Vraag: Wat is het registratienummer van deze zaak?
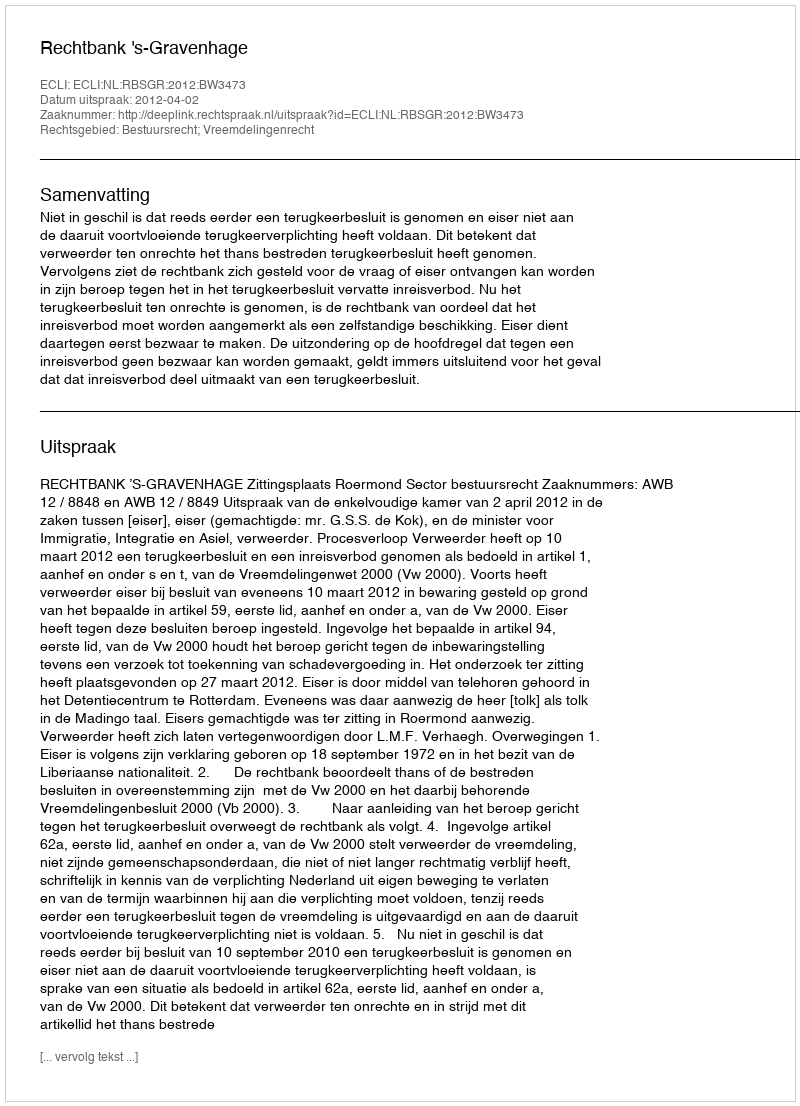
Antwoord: http://deeplink.rechtspraak.nl/uitspraak?id=ECLI:NL:RBSGR:2012:BW3473